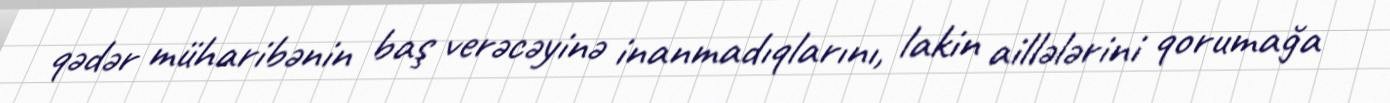
qədər müharibənin baş verəcəyinə inanmadıqlarını, lakin aillələrini qorumağa